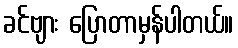
ခင်ဗျား ပြောတာမှန်ပါတယ်။